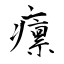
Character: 癝